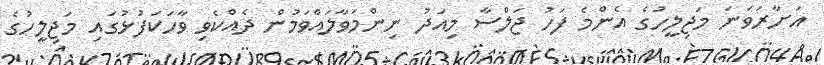
އަށާރަވަނަ މަޖިލީހުގެ އެންމެ ފަހު ޖަލްސާ މިއަދު ނިންމަވާލައްވަމުން ދެއްކެވި ވާހަކަފުޅުގައި މަޖިލީހުގެ